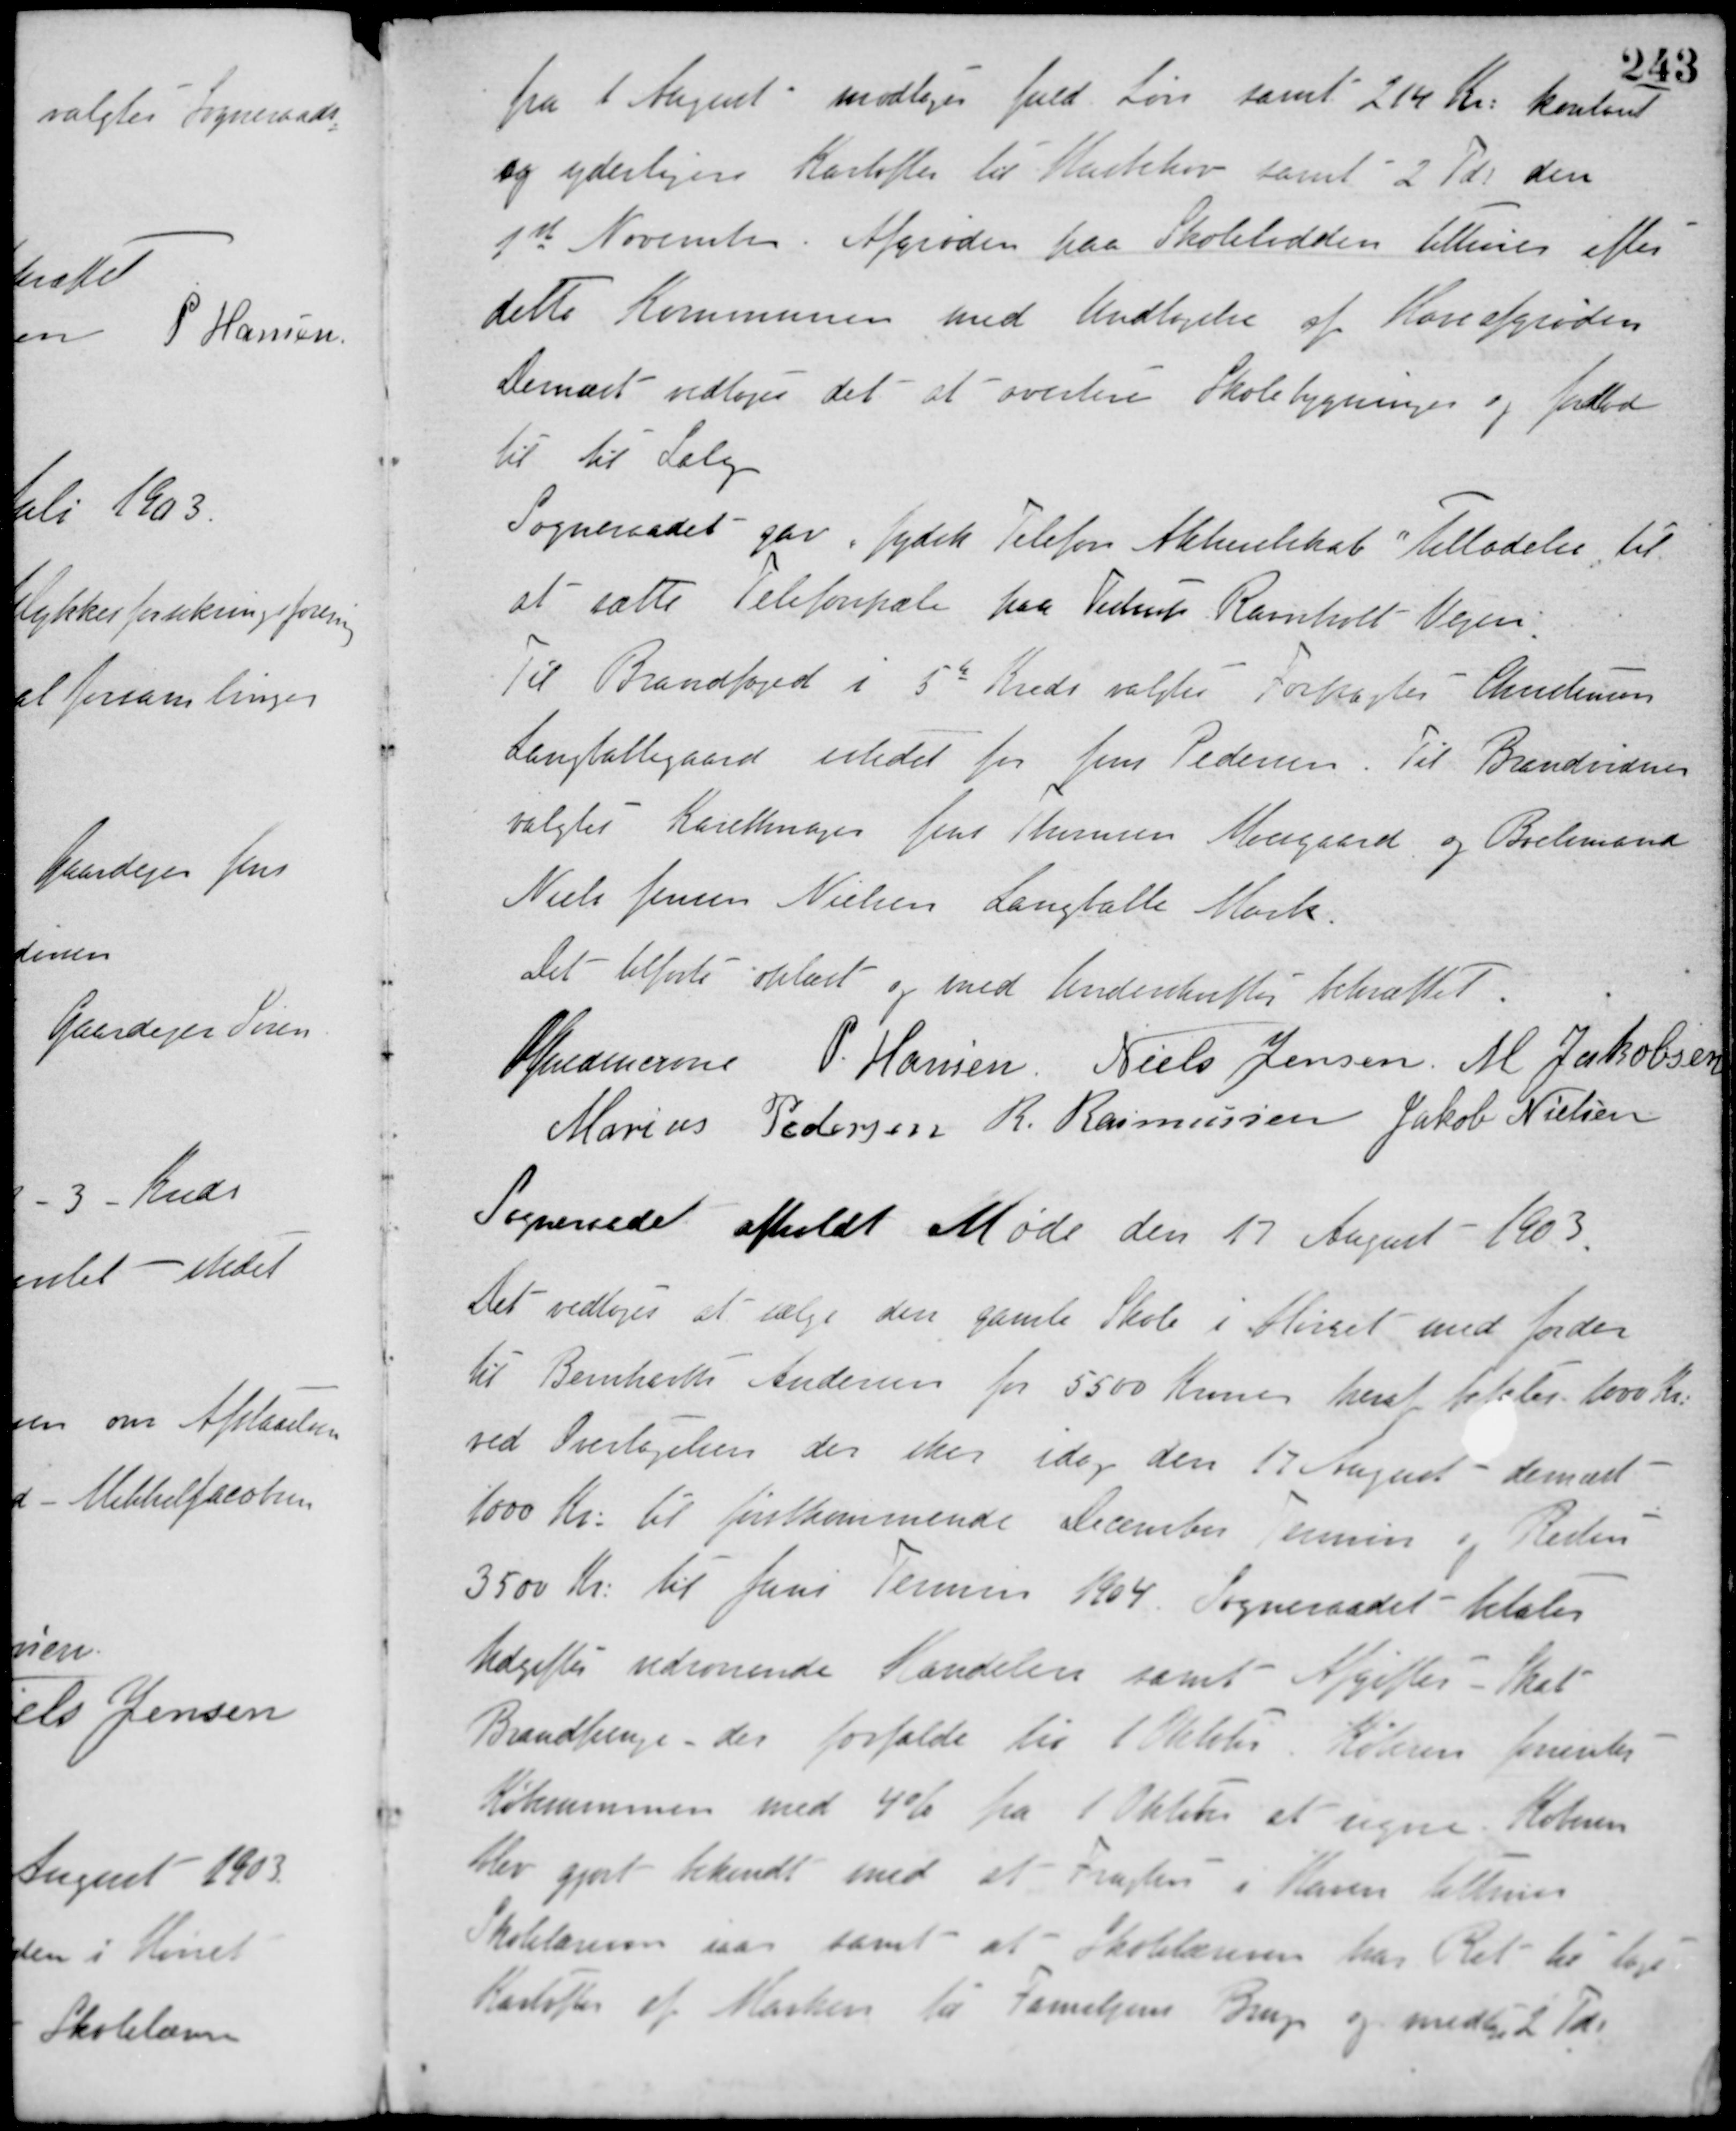
Transskription:
fra 1 August modtager fuld Løn samt 214 Kr. kontant
og yderligere Kartofler til Husbehov samt 2 Tønder den
1st November. Afgrøden paa Skolelodden tilhører efter
dette Kommunen med Undtagelse af Kornafgrøden.
Dernæst vedtoges det at avertere Skolebygninger og Jordlod
til til Salg
Sogneraadet gav Jydsk Telefon Aktieselskab Tilladelse til
at sætte Telefonpæle paa Testrup Ravnholt Vejen.
Til Brandfoged i 5te Kreds valgtes Forpagter Christensen
Langballegaard istedet for Jens Pedersen. Til Brandvidner
valgtes Karetmager Jens Thomsen Moesgaard og Boelsmand
Niels Jensen Nielsen Langballe Mark.
Det tilførte oplæst og med Underskrifter bekræftet.
Guldencrone P. Hansen Niels Jensen M. Jakobsen
Marius Pedersen R. Rasmussen Jakob Nielsen
Sogneraadet afholdt Møde den 17 August 1903.
Det vedtoges at sælge den gamle Skole i Hørret med Jorden
til Bernhardt Andersen for 5500 Kroner heraf falder 1000 Kr.
ved Overtagelsen der sker idag den 17 August - dernæst
1000 Kr. til førstkommende December Termin og Resten
3500 Kr. til Juni Termin 1904. Sogneraadet betaler
Udgifter vedrørende Handelen samt Afgifter i Skat
Brandpenge, der forfalder til 1 Oktober. Køberen forrenter
Købesummen med 4% fra 1 Oktober at regne. Køberen
blev gjort bekendt med at Frugten i Haven tilhører
Skolelæreren iaar samt at Skolelæreren har Ret til tage
Kartofter af Marken tir Familiens Brug og medtage 2 Tdr